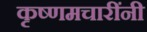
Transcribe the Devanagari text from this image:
कृष्णमचारींनी